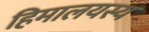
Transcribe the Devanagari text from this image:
हिमालयस्य